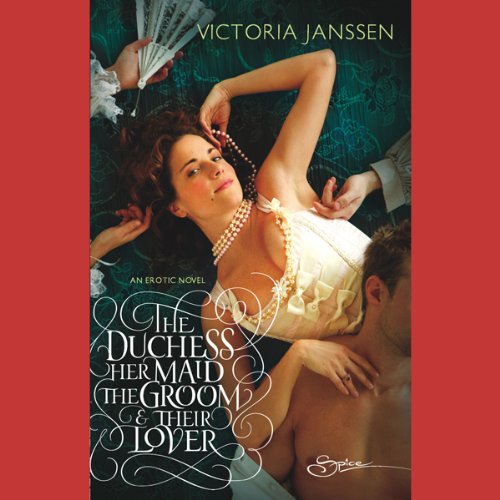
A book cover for The Duchess, Her Maid, the Groom, and Their Lover; Victoria Janssen; Romance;